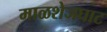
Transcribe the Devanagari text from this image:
माळशेजघाट